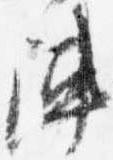
陣